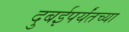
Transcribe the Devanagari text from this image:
दुबईपर्यंतच्या